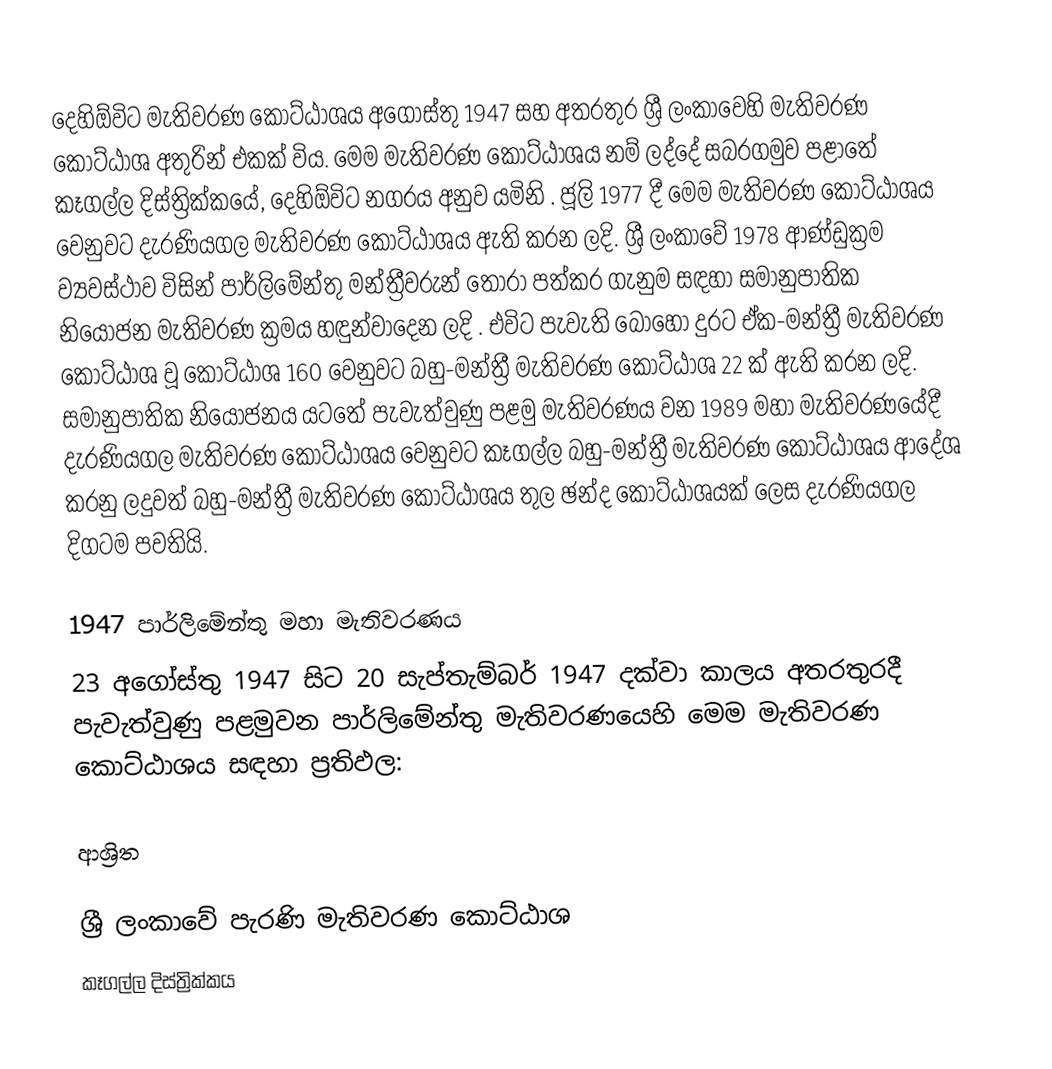
දෙහිඕවිට මැතිවරණ කොට්ඨාශය  අගෝස්තු 1947 සහ අතරතුර  ශ්‍රී ලංකාවෙහි  මැතිවරණ කොට්ඨාශ අතුරින් එකක් විය. මෙම මැතිවරණ කොට්ඨාශය නම් ලද්දේ  සබරගමුව පළාතේ  කෑගල්ල  දිස්ත්‍රික්කයේ,  දෙහිඕවිට නගරය අනුව යමිනි . ජූලි 1977  දී මෙම මැතිවරණ කොට්ඨාශය වෙනුවට දැරණියගල මැතිවරණ කොට්ඨාශය ඇති කරන ලදි. ශ්‍රී ලංකාවේ 1978 ආණ්ඩුක්‍රම ව්‍යවස්ථාව විසින්   පාර්ලිමේන්තු මන්ත්‍රීවරුන් තෝරා පත්කර ගැනුම සඳහා සමානුපාතික නියෝජන මැතිවරණ ක්‍රමය හඳුන්වාදෙන ලදි . එවිට පැවැති බොහෝ දුරට  ඒක-මන්ත්‍රී මැතිවරණ කොට්ඨාශ වූ කොට්ඨාශ 160 වෙනුවට බහු-මන්ත්‍රී මැතිවරණ කොට්ඨාශ 22 ක් ඇති කරන ලදි. සමානුපාතික නියෝජනය යටතේ පැවැත්වුණු  පළමු මැතිවරණය වන 1989 මහා මැතිවරණයේදී  දැරණියගල මැතිවරණ කොට්ඨාශය වෙනුවට  කෑගල්ල  බහු-මන්ත්‍රී මැතිවරණ කොට්ඨාශය  ආදේශ කරනු ලදුවත් බහු-මන්ත්‍රී මැතිවරණ කොට්ඨාශය තුල ඡන්ද කොට්ඨාශයක් ලෙස දැරණියගල දිගටම පවතියි.

1947 පාර්ලිමේන්තු මහා මැතිවරණය
23 අගෝස්තු 1947 සිට 20 සැප්තැම්බර් 1947 දක්වා කාලය අතරතුරදී පැවැත්වුණු   පළමුවන පාර්ලිමේන්තු මැතිවරණයෙහි මෙම මැතිවරණ කොට්ඨාශය සඳහා ප්‍රතිඵල:

ආශ්‍රිත

ශ්‍රී ලංකාවේ පැරණි මැතිවරණ කොට්ඨාශ
 කෑගල්ල දිස්ත්‍රික්කය